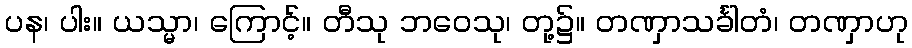
ပန၊ ပါး။ ယသ္မာ၊ ကြောင့်။ တီသု ဘဝေသု၊ တု့၌။ တဏှာသင်္ခါတံ၊ တဏှာဟု